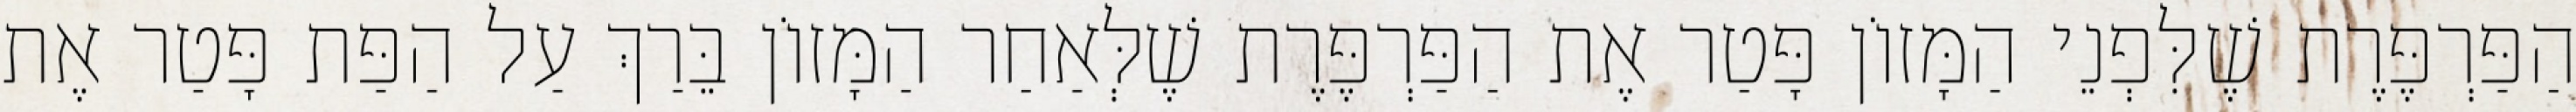
הַפַּרְפֶּרֶת שֶׁלִּפְנֵי הַמָּזוֹן פָּטַר אֶת הַפַּרְפֶּרֶת שֶׁלְּאַחַר הַמָּזוֹן בֵּרַךְ עַל הַפַּת פָּטַר אֶת